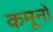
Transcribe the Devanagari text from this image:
कमूनों